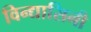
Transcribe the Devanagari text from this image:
विन्द्यासिनी